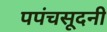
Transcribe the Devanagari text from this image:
पपंचसूदनी